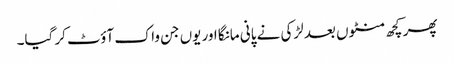
پھر کچھ منٹوں بعد لڑکی نے پانی مانگا اور یوں جن واک آؤٹ کر گیا۔